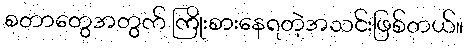
စတာတွေအတွက် ကြိုးစားနေရတဲ့အသင်းဖြစ်တယ်။